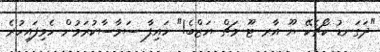
"ދަގަނޑު ކޯޗެކޭ ޔޫ އާރ ޓޫ މަޗް ޔަޒްބެ!" ހައިފާ ސަމާސާކުރަމުން ހެވިފައިހުރެ